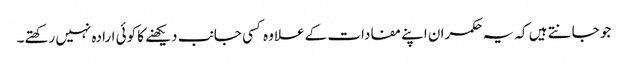
جو جانتے ہیں کہ یہ حکمران اپنے مفادات کے علاوہ کسی جانب دیکھنے کا کوئی ارادہ نہیں رکھتے۔